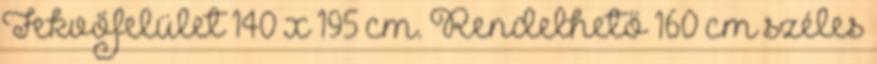
Fekvőfelület 140 x 195 cm. Rendelhető 160 cm széles